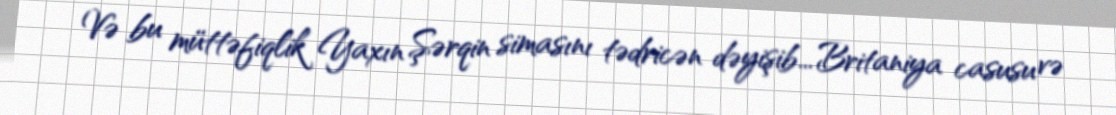
Və bu müttəfiqlik Yaxın Şərqin simasını tədricən dəyişib... Britaniya casusu və